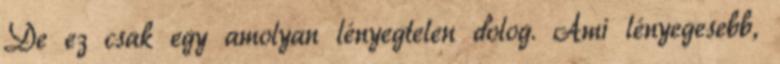
De ez csak egy amolyan lényegtelen dolog. Ami lényegesebb,